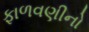
ફાળવણીનો